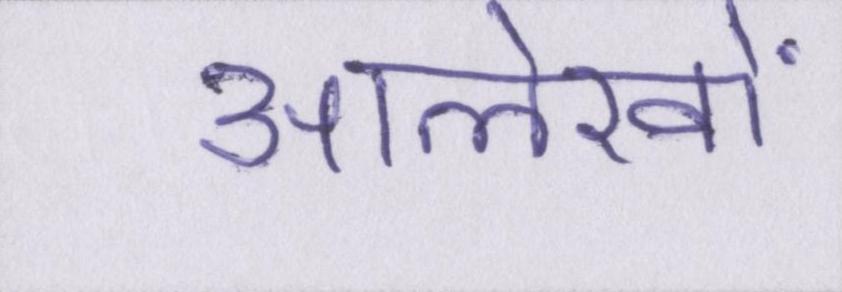
आलेखों